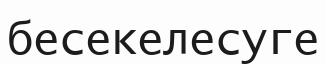
бесекелесуге